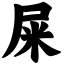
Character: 屎